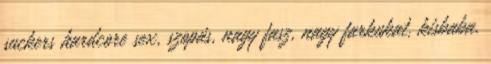
suckers hardcore sex, szopás, nagy fasz, nagy farkukat, kisbaba,